Indian journal of veterinary science and animal husbandry - Volume 1,
Year: 1931
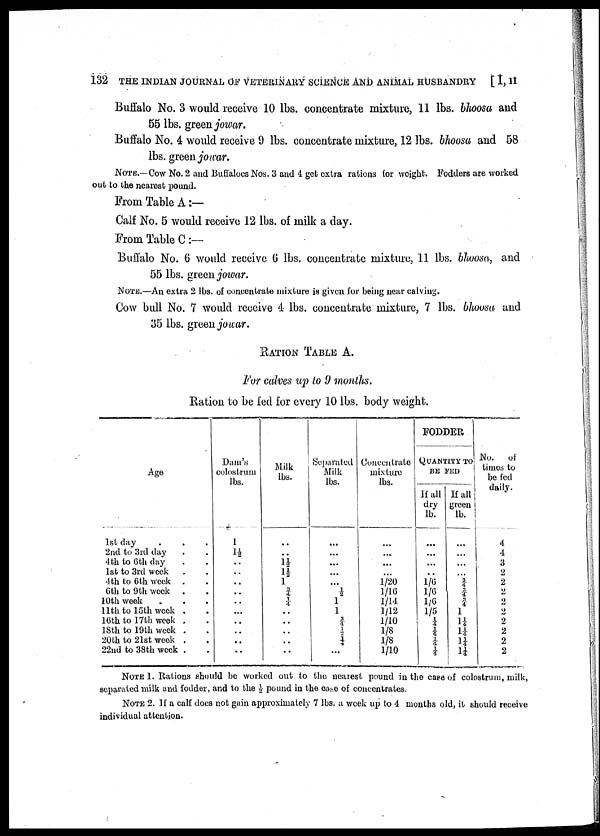
132 THE INDIAN JOURNAL OF VETERINARY SCIENCE AND ANIMAL HUSBANDRY [ I, II
Buffalo No. 3 would receive 10 lbs. concentrate mixture, 11 lbs. bhoosa and
55 lbs. green jowar.
Buffalo No. 4 would receive 9 lbs. concentrate mixture, 12 lbs. bhoosa and 58
lbs. green jowar.
NOTE.—Cow No. 2 and Buffaloes Nos. 3 and 4 get extra rations for weight. Fodders are worked
out to the nearest pound.
From Table A :—
Calf No. 5 would receive 12 lbs. of milk a day.
From Table C :—
Buffalo No. 6 would receive 6 lbs. concentrate mixture, 11 lbs. bhoosa, and
55 lbs. green jowar.
NOTE.—An extra 2 lbs. of concentrate mixture is given for being near calving.
Cow bull No. 7 would receive 4 lbs. concentrate mixture, 7 lbs. bhoosa and
35 lbs. green jowar.
RATION TABLE A.
For calves up to 9 months.
Ration to be fed for every 10 lbs. body weight.
Age
1st day
2nd to 3rd day
4th to 6th day
1st to 3rd week
4th to 6th week .
6th to 9th week .
10th week
11th to 15th week
16th to 17th week
18th to 19th week
20th to 21st week
22nd to 38th week
.
.
.
.
.
.
.
.
.
.
.
.
Dam's
colostrum
lbs.
1
1½
.
.
.
.
.
.
.
.
.
.
Milk
lbs.
..
..
1½
1½
1
¾
¼
..
..
..
..
..
Separated
Milk
lbs.
...
...
...
...
...
½
1
1
¾ ½
¼
..
Concentrate
mixture
lbs.
...
...
...
...
1/20
1/16
1/14
1/12
1/10
⅛
⅛
1/10
FODDER
QUANTITY TO
BE FED
If all
dry
lb.
...
...
...
...
1/6
1/6
1/6
1/5
¼
¼
¼
¼
If all
green
lb.
...
...
...
...
¾ ¾
¾
1
1¼
1¼ 1¼
1¼
No.
of
times to
be fed
daily.
4
4
3
2
2
2
2
2
2
2
2
2
NOTE 1. Rations should be worked out to the nearest pound in the case of colostrum, milk,
separated milk and fodder, and to the ½ pound in the case of concentrates.
NOTE 2. If a calf does not gain approximately 7 lbs. a week up to 4 months old, it should receive
individual attention.